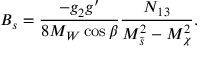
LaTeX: B _ { s } = \frac { - g _ { 2 } g ^ { \prime } } { 8 M _ { W } \cos \beta } \frac { N _ { 1 3 } } { M _ { \tilde { s } } ^ { 2 } - M _ { \chi } ^ { 2 } } .